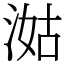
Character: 㴌